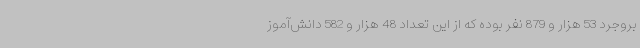
بروجرد 53 هزار و 879 نفر بوده که از این تعداد 48 هزار و 582 دانش‌آموز